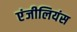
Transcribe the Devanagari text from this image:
एंजीलियंस